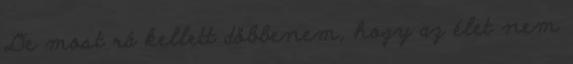
De most rá kellett döbbenem, hogy az élet nem